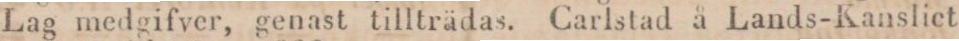
Lag medgifver, genast tillträdas. Carlstad å Lands-Kansliet